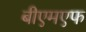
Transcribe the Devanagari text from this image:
बीएमएफ